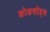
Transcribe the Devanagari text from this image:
कोकसॉड्स